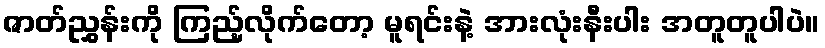
ဇာတ်ညွှန်းကို ကြည့်လိုက်တော့ မူရင်းနဲ့ အားလုံးနီးပါး အတူတူပါပဲ။